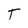
Character: T